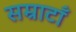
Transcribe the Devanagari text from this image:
सम्राटाँ